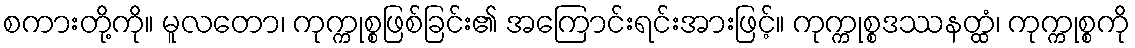
စကားတို့ကို။ မူလတော၊ ကုက္ကုစ္စဖြစ်ခြင်း၏ အကြောင်းရင်းအားဖြင့်။ ကုက္ကုစ္စဒဿနတ္ထံ၊ ကုက္ကုစ္စကို